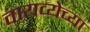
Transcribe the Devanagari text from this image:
वायव्येच्या